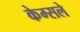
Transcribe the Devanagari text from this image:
केम्सले